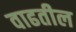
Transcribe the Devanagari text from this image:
वाढतील